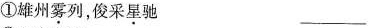
①雄州雾列，俊采星驰 ___